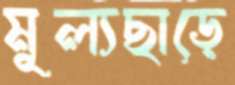
মূল্যছাড়ে